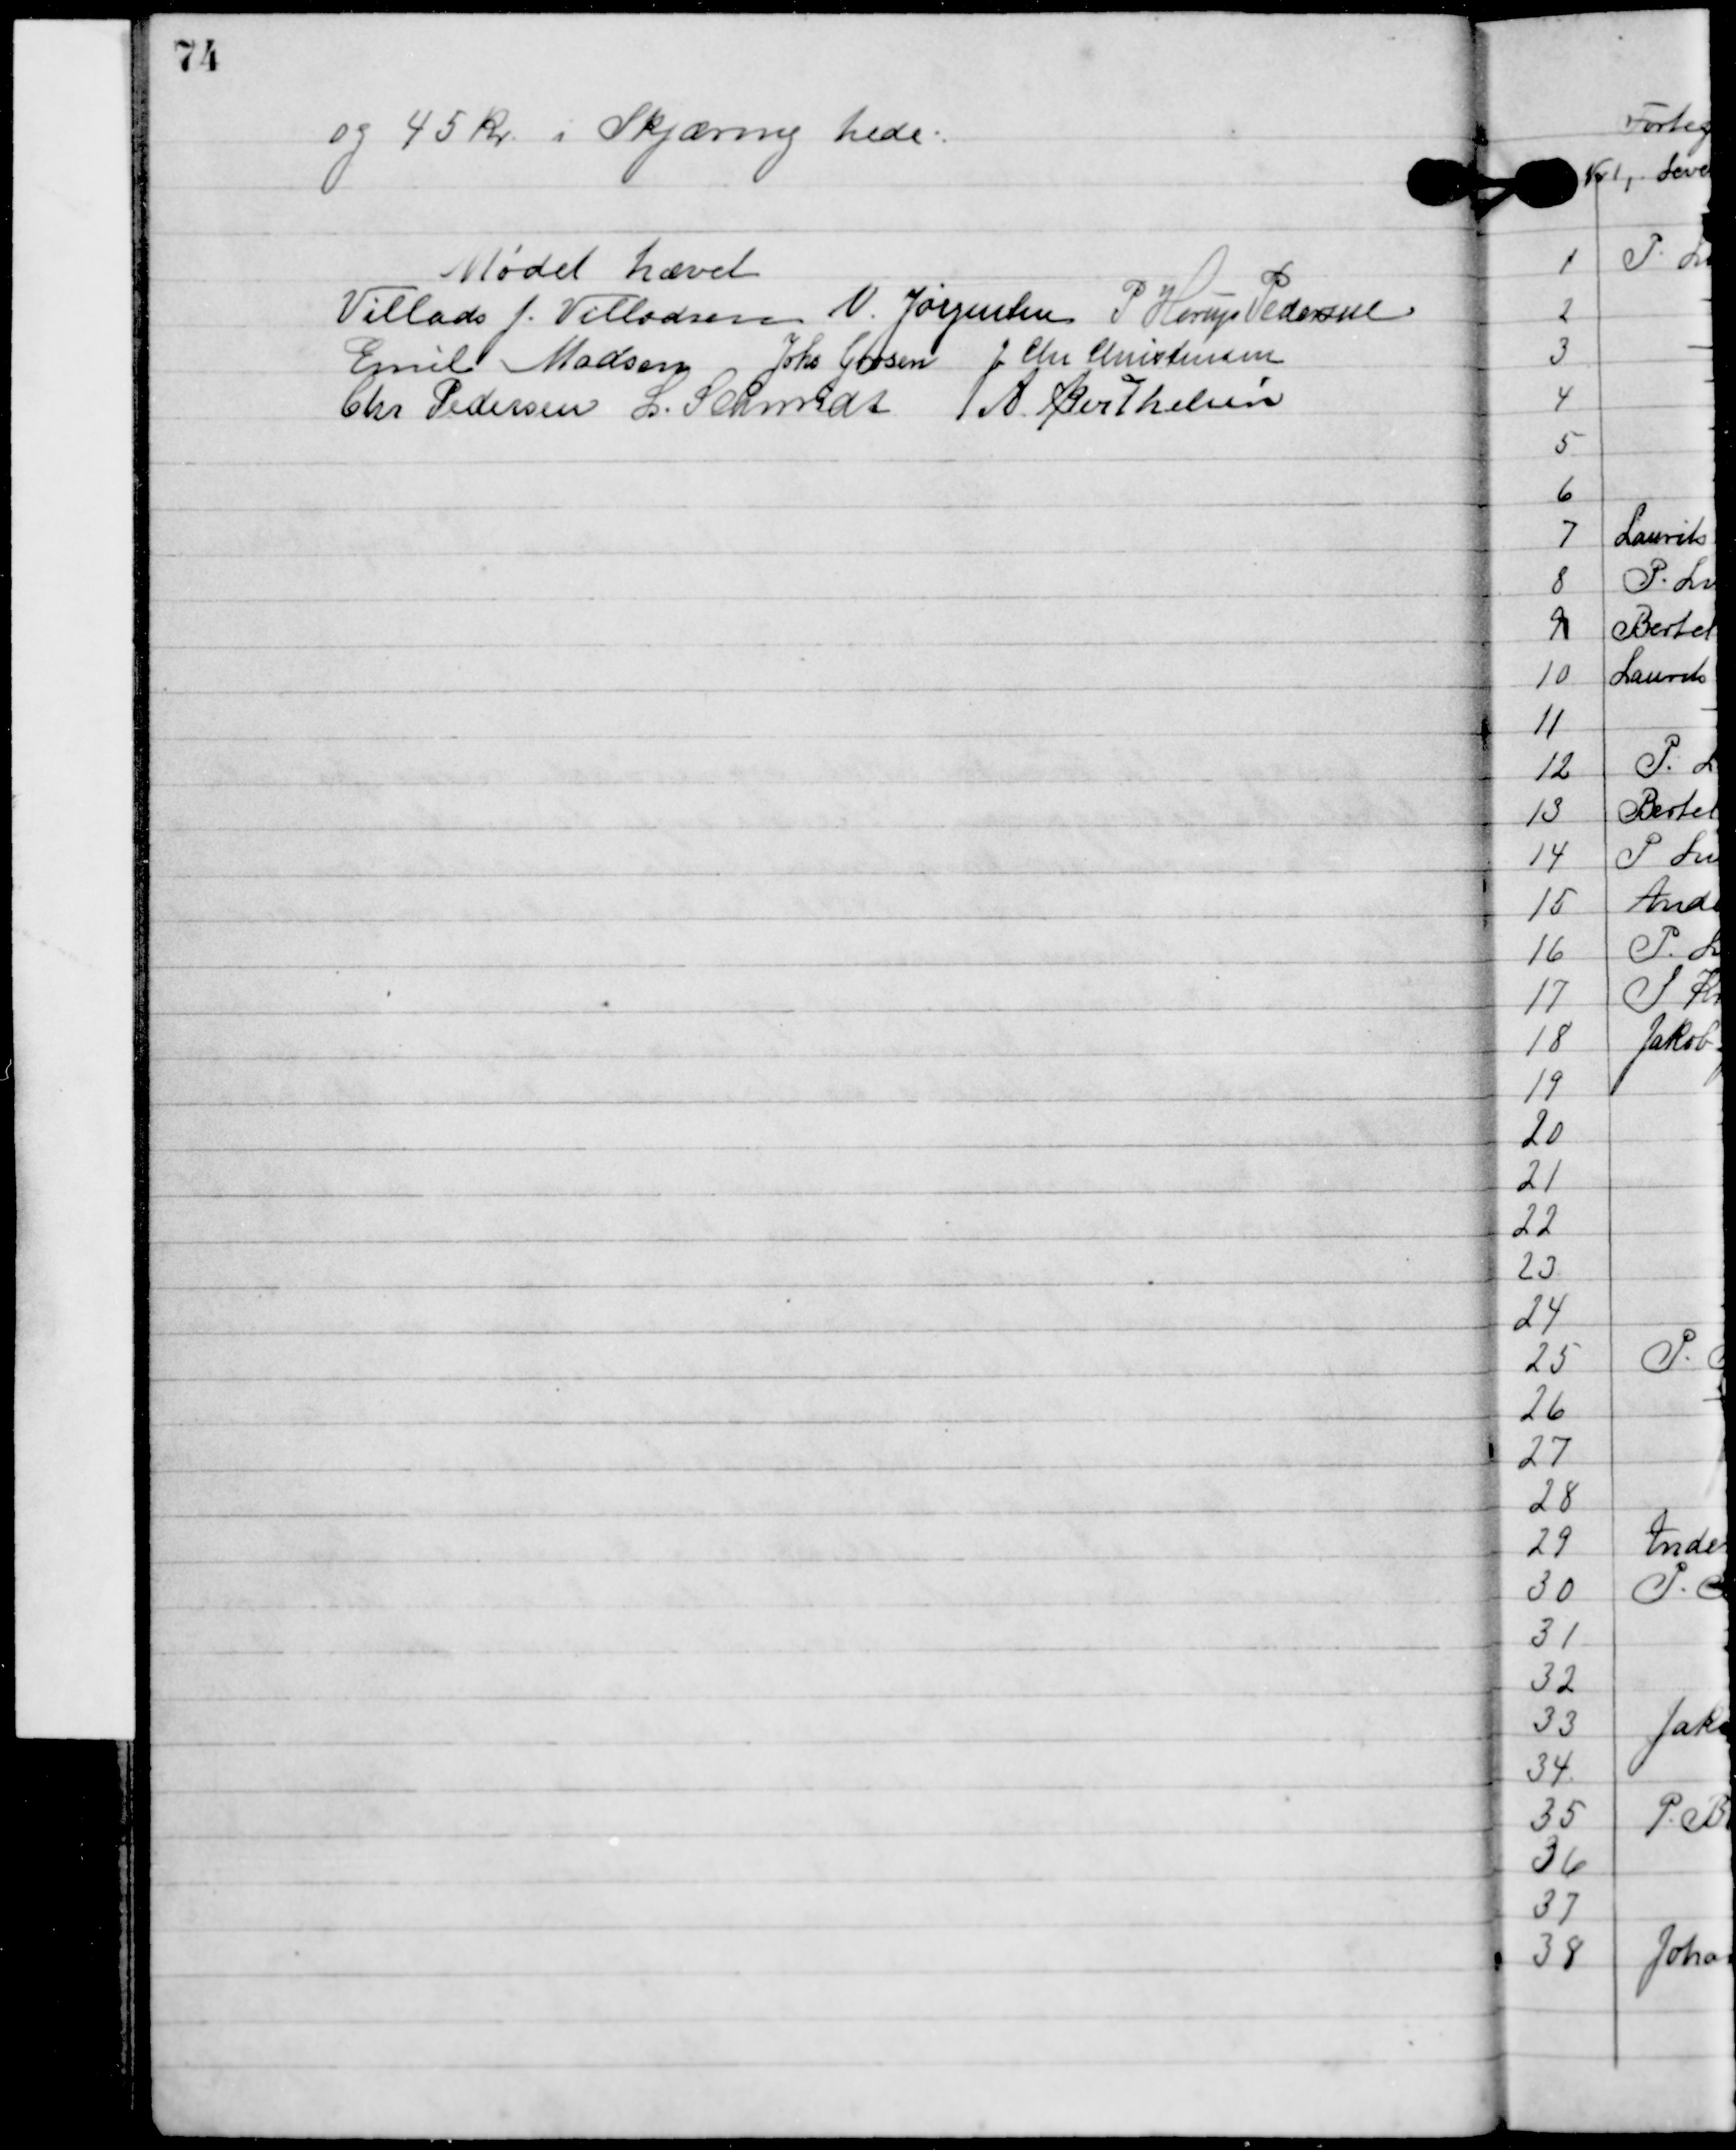
Transskription:
og 45 kr. i Skjæring hede.

Mødet hævet

Villads J. Villadsen
N. Jørgensen
P. Horup Pedersen
Emil Madsen
Johs. Grosen
J. Chr. Christensen
Chr. Pedersen
l. Schmidt
A. Berthelsen